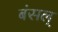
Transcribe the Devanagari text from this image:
बंसल्